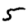
Digit: 5